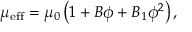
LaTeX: \mu _ { \mathrm { e f f } } = \mu _ { 0 } \left( 1 + B \phi + B _ { 1 } \phi ^ { 2 } \right) ,